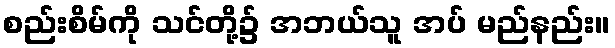
စည်းစိမ်ကို သင်တို့၌ အဘယ်သူ အပ် မည်နည်း။